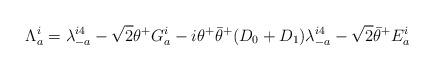
LaTeX: \begin{align*}\Lambda_a^i=\lambda_{-a}^{i4} -\sqrt 2 \theta^+ G_a^i-i \theta^+ {\bar \theta}^+(D_0+D_1) \lambda_{-a}^{i4} -\sqrt 2 {\bar \theta}^+ E_a^i\end{align*}